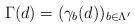
LaTeX: \begin{align*}\Gamma(d)=(\gamma_b(d))_{b\in \Lambda'}\end{align*}